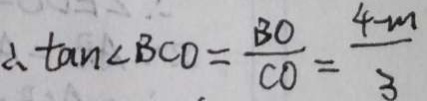
\therefore \tan \angle B C O = \frac { B O } { C O } = \frac { 4 - m } { 3 }